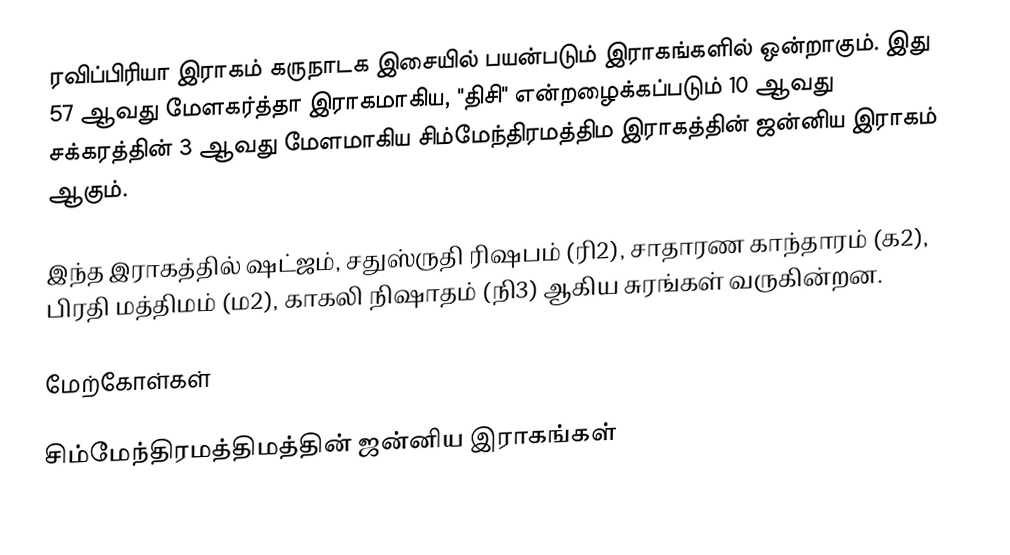
ரவிப்பிரியா இராகம் கருநாடக இசையில் பயன்படும் இராகங்களில் ஒன்றாகும். இது 57 ஆவது மேளகர்த்தா இராகமாகிய, "திசி" என்றழைக்கப்படும் 10 ஆவது சக்கரத்தின் 3 ஆவது மேளமாகிய சிம்மேந்திரமத்திம இராகத்தின் ஜன்னிய இராகம் ஆகும்.

இந்த இராகத்தில் ஷட்ஜம், சதுஸ்ருதி ரிஷபம் (ரி2), சாதாரண காந்தாரம் (க2), பிரதி மத்திமம் (ம2), காகலி நிஷாதம் (நி3) ஆகிய சுரங்கள் வருகின்றன.

மேற்கோள்கள்

சிம்மேந்திரமத்திமத்தின் ஜன்னிய இராகங்கள்